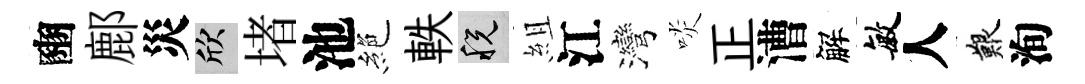
豳鄜災欣堵池絶軼税組江灣啖正漕解敏人艱洵